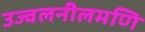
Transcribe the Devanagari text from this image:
उज्वलनीलमणि